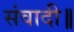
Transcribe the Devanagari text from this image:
संवादी॥